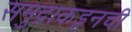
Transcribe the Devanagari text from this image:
समुद्राकडूनची